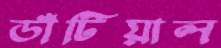
ডাঁটিয়াল